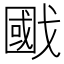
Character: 𢧷